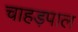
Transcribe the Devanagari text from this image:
चाहड़पाल